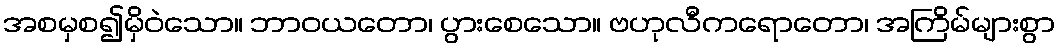
အစမှစ၍မှိဝဲသော။ ဘာဝယတော၊ ပွားစေသော။ ဗဟုလီကရောတော၊ အကြိမ်များစွာ